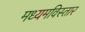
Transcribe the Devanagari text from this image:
मध्यमविस्तार